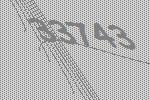
33743